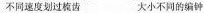
不同速度划过 梳齿 大小不同的编